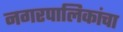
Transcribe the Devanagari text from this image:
नगरपालिकांचा